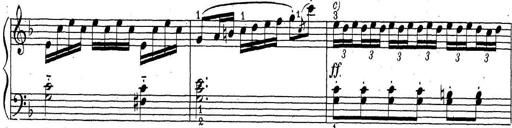
Title: ÄŒeskÃ© Sonatiny
Composer: Various